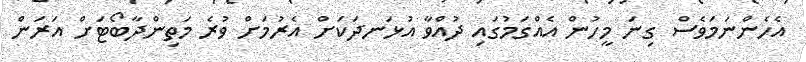
އެހެންނަމަވެސް ގިނަ މީހުން އެއްގަމުގައި ދުއްވާ އުޅަނދަކަށް އެރުމަށް ވުރެ މަތިންދާބޯޓަށް އަރަން